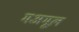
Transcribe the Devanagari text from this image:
मअमूल